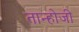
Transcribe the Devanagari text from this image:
तान्होजी